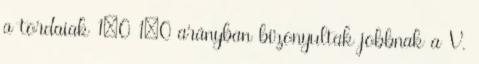
a tordaiak 1–0 1–0 arányban bizonyultak jobbnak a V.